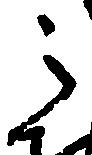
之